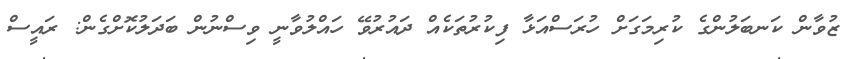
ޒުވާން ކަނބަލުންގެ ކުރިމަގަށް ހުރަސްއަޅާ ފިކުރުތަކެއް ދައުރުވޭ ހައްލުވާނީ ވިސްނުން ބަދަލުކޮށްގެން: ރައީސް